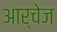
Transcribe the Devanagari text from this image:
आर्चेज